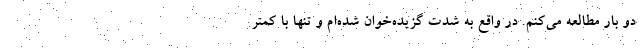
دو بار مطالعه می‌کنم. در واقع به شدت گزیده‌خوان شده‌ام و تنها با کمتر